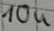
Text: 10u